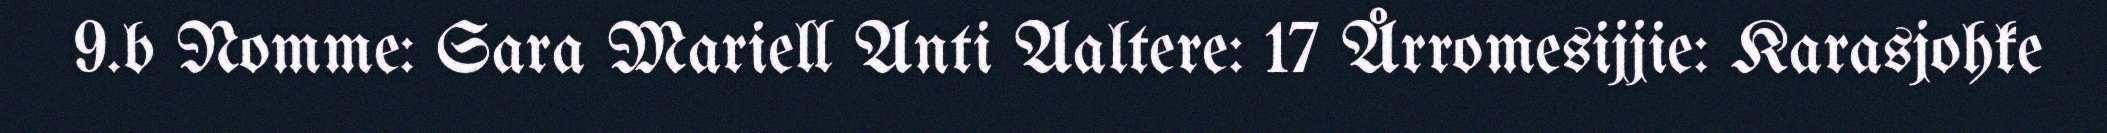
9.b Nomme: Sara Mariell Anti Aaltere: 17 Årromesijjie: Karasjohke